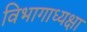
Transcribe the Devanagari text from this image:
विभागाध्यक्षा